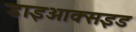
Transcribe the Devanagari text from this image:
डाइआक्सइड